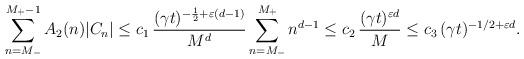
LaTeX: \begin{align*} \sum_{n=M_-}^{M_+-1}A_2(n)|C_n|\leq c_1\,\frac{(\gamma t)^{-\frac12+\varepsilon(d-1)}}{M^d}\sum_{n=M_-}^{M_+}n^{d-1}\leq c_2\,\frac{(\gamma t)^{\varepsilon d}}{M}\leq c_3\,{(\gamma t)^{-1/2+\varepsilon d}}.\end{align*}